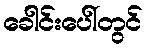
ခေါင်းပေါ်တွင်